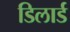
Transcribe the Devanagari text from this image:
डिलार्ड